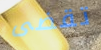
تقضى